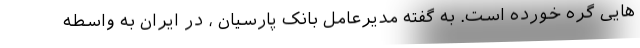
هایی گره خورده است. به گفته مدیرعامل بانک پارسیان ، در ایران به واسطه